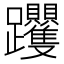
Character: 𨈍